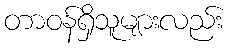
တာဝန်ရှိသူများလည်း